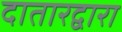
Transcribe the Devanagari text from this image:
दातारद्वारा